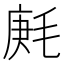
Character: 𣮒